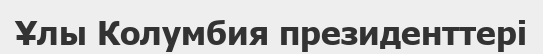
Ұлы Колумбия президенттері